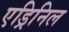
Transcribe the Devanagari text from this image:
एड्रिनिल